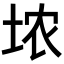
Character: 𪣑